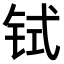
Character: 𫟸